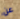
عن